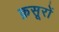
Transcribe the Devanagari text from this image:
क़सूरों